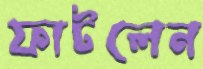
ফাটলেন